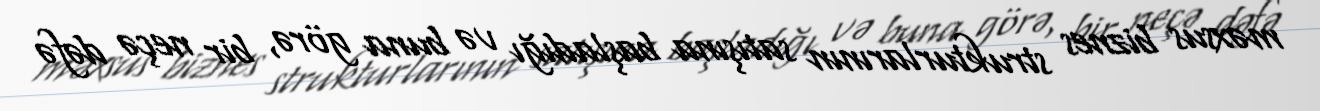
məxsus biznes strukturlarının satışına başladığı və buna görə, bir neçə dəfə